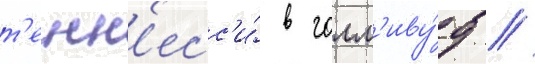
т'енн'есс'и́ в голл'иву́д //